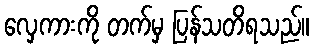
လှေကားကို တက်မှ ပြန်သတိရသည်။